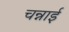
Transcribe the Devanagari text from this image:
चन्नाई